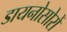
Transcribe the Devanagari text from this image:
डायनोसोरों